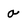
Character: O